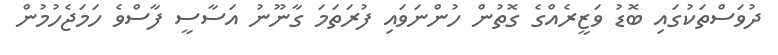
ދުވަސްތަކުގައި ބޮޑު ވަޒީރެއްގެ ގޮތުން ހުންނަވައި ފުރަތަމަ ގާނޫނު އަސާސީ ފާސްވެ ހަމަޖެހުމުން